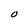
Character: O